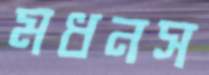
মধনস